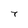
Character: 7